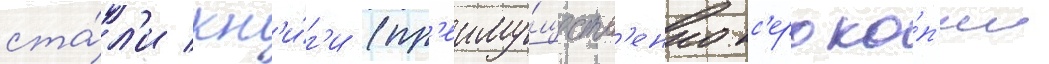
ста́л'и кн'и́г'и (пр'еиму́ществ'енно кс'ероко́п'ии